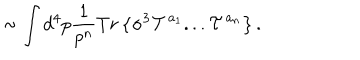
\sim \int d ^ { 4 } p \frac { 1 } { p ^ { n } } T r \left\{ \sigma ^ { 3 } { \cal T } ^ { a _ { 1 } } . . . { \cal T } ^ { a _ { n } } \right\} .